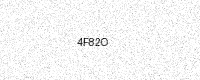
Text: 4F82O